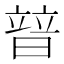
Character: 暜